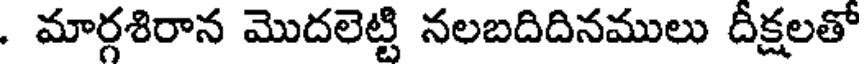
. మార్గశిరాన మొదలెట్టి నలబదిదినములు దీక్షలతో